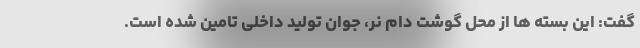
گفت: این بسته ها از محل گوشت دام نر، جوان تولید داخلی تامین شده است.